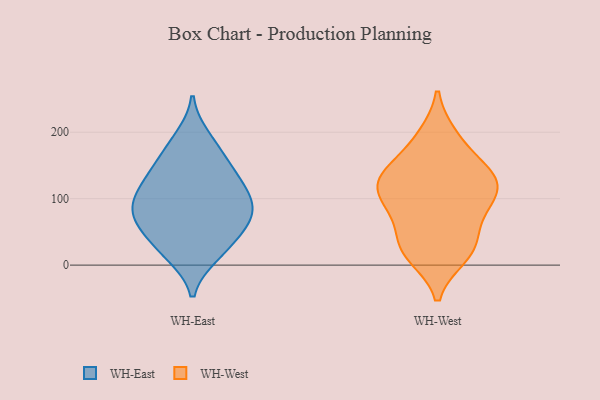
{"axis": {"x": "Tickets Resolved", "y": "Value"}, "legend": ["WH-East", "WH-West"], "data": [{"x": "", "y": 191, "type": "WH-East"}, {"x": "", "y": 76, "type": "WH-East"}, {"x": "", "y": 87, "type": "WH-East"}, {"x": "", "y": 109, "type": "WH-East"}, {"x": "", "y": 20, "type": "WH-East"}, {"x": "", "y": 131, "type": "WH-East"}, {"x": "", "y": 94, "type": "WH-East"}, {"x": "", "y": 151, "type": "WH-East"}, {"x": "", "y": 16, "type": "WH-East"}, {"x": "", "y": 174, "type": "WH-East"}, {"x": "", "y": 135, "type": "WH-East"}, {"x": "", "y": 62, "type": "WH-East"}, {"x": "", "y": 64, "type": "WH-East"}, {"x": "", "y": 67, "type": "WH-East"}, {"x": "", "y": 32, "type": "WH-East"}, {"x": "", "y": 108, "type": "WH-East"}, {"x": "", "y": 191, "type": "WH-West"}, {"x": "", "y": 131, "type": "WH-West"}, {"x": "", "y": 29, "type": "WH-West"}, {"x": "", "y": 131, "type": "WH-West"}, {"x": "", "y": 194, "type": "WH-West"}, {"x": "", "y": 123, "type": "WH-West"}, {"x": "", "y": 124, "type": "WH-West"}, {"x": "", "y": 84, "type": "WH-West"}, {"x": "", "y": 14, "type": "WH-West"}, {"x": "", "y": 84, "type": "WH-West"}, {"x": "", "y": 87, "type": "WH-West"}, {"x": "", "y": 155, "type": "WH-West"}, {"x": "", "y": 93, "type": "WH-West"}, {"x": "", "y": 124, "type": "WH-West"}, {"x": "", "y": 35, "type": "WH-West"}, {"x": "", "y": 14, "type": "WH-West"}, {"x": "", "y": 137, "type": "WH-West"}, {"x": "", "y": 34, "type": "WH-West"}]}